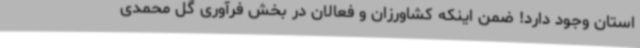
استان وجود دارد! ضمن اینکه کشاورزان و فعالان در بخش فرآوری گل محمدی